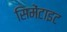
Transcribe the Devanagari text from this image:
सिमेंटाइट